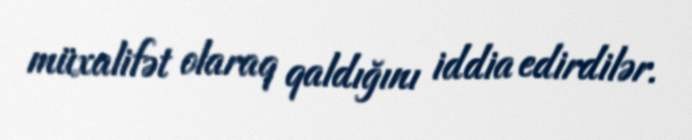
müxalifət olaraq qaldığını iddia edirdilər.